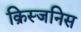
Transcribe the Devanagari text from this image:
क्रिस्जनिस